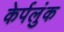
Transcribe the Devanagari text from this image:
केर्पलुंक